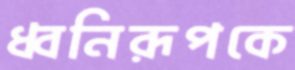
ধ্বনিরূপকে